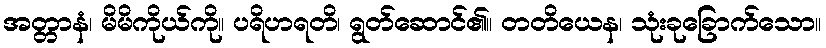
အတ္တာနံ၊ မိမိကိုယ်ကို။ ပရိဟရတိ၊ ရွတ်ဆောင်၏။ တတိယေန၊ သုံးခုခြောက်သော။